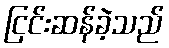
ငြင်းဆန်ခဲ့သည်